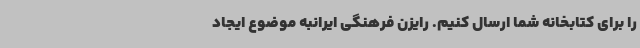
را برای کتابخانه شما ارسال کنیم. رایزن فرهنگی ایرانبه موضوع ایجاد